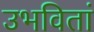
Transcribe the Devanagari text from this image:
उभवितां